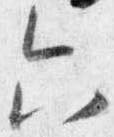
六